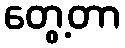
တွေ့တာ